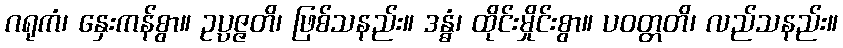
ဂရုကံ၊ နှေးကန်စွာ။ ဥပ္ပဇ္ဇတိ၊ ဖြစ်သနည်း။ ဒန္ဓံ၊ ထိုင်းမှိုင်းစွာ။ ပဝတ္တတိ၊ လည်သနည်း။